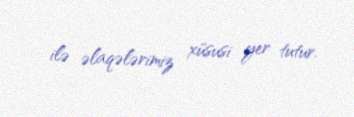
ilə əlaqələrimiz xüsusi yer tutur.